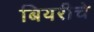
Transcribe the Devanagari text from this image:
बियरीचे